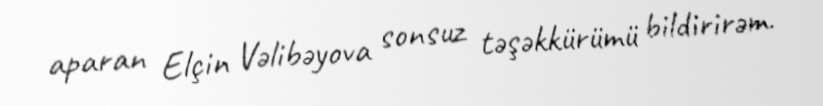
aparan Elçin Vəlibəyova sonsuz təşəkkürümü bildirirəm.